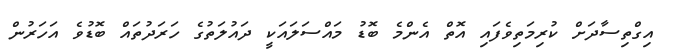
އިގްތިސާދަށް ކުރިމަތިވެފައި އޮތް އެންމެ ބޮޑު މައްސަލައަކީ ދައުލަތުގެ ހަރަދުތައް ބޮޑުވެ އަހަރުން